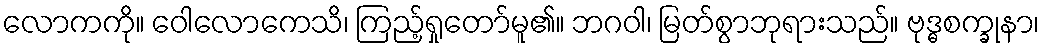
လောကကို။ ဝေါလောကေသိ၊ ကြည့်ရှုတော်မူ၏။ ဘဂဝါ၊ မြတ်စွာဘုရားသည်။ ဗုဒ္ဓစက္ခုနာ၊